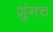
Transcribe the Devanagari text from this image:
शुंगच